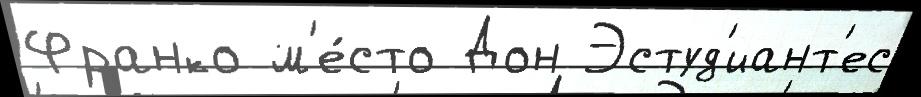
Франко м'е́сто Дон Эстуд'иант'ес